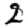
Digit: 2